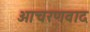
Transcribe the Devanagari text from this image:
आचरणवाद